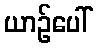
ယာဉ်ပေါ်